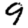
Digit: 9